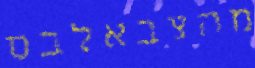
מהצבאלבס